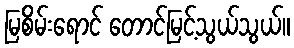
မြစိမ်းရောင် တောင်မြင့်သွယ်သွယ်။